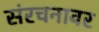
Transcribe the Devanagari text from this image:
संरचनावर